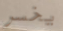
يخسر